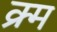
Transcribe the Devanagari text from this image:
क्र्म